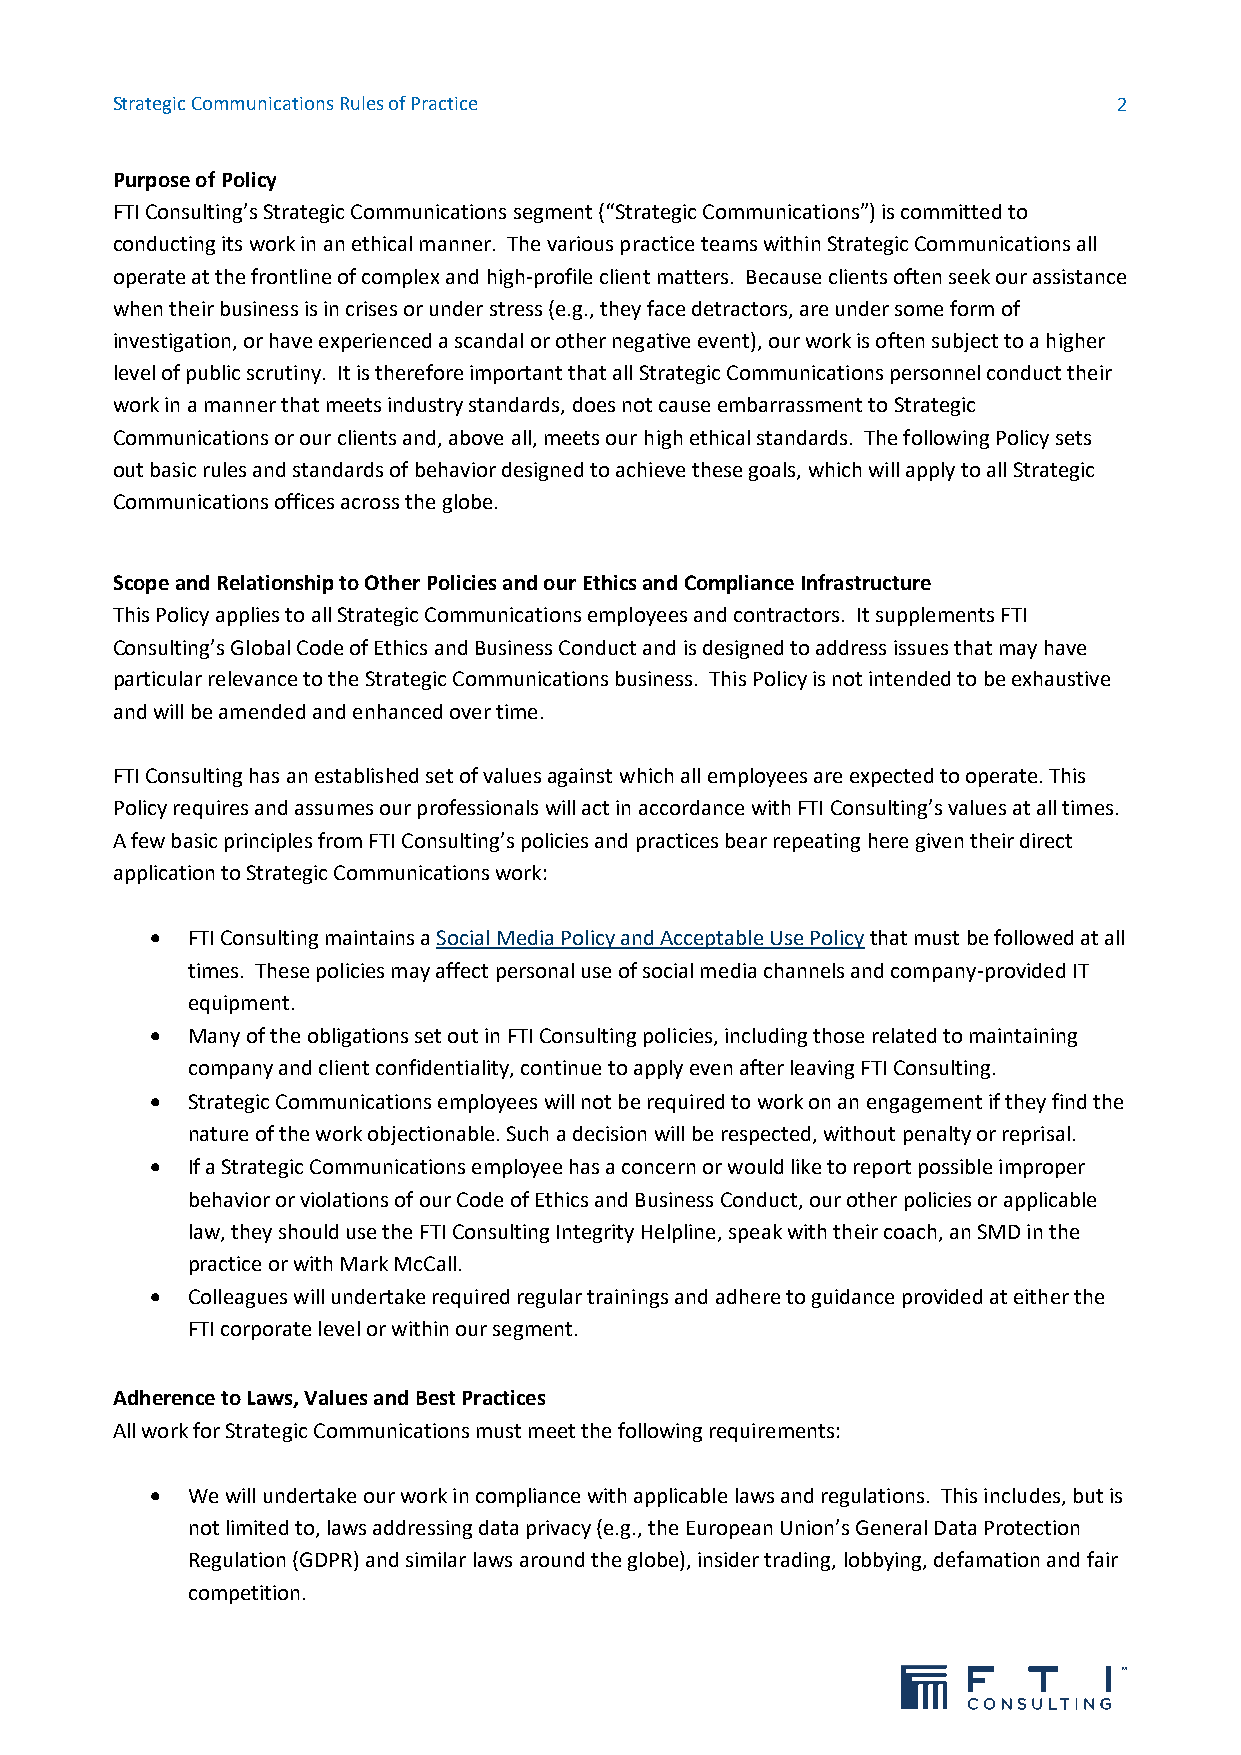
Strategic Communications Rules of Practice                         2
 Purpose of Policy
 FTI Consulting’s Strategic Communications segment (“Strategic Communications”) is committed to
 conducting its work in an ethical manner. The various practice teams within Strategic Communications all
 operate at the frontline of complex and high-profile client matters. Because clients often seek our assistance
 when their business is in crises or under stress (e.g., they face detractors, are under some form of
 investigation, or have experienced a scandal or other negative event), our work is often subject to a higher
 level of public scrutiny. It is therefore important that all Strategic Communications personnel conduct their
 work in a manner that meets industry standards, does not cause embarrassment to Strategic
 Communications or our clients and, above all, meets our high ethical standards. The following Policy sets
 out basic rules and standards of behavior designed to achieve these goals, which will apply to all Strategic
 Communications offices across the globe.
 Scope and Relationship to Other Policies and our Ethics and Compliance Infrastructure
 This Policy applies to all Strategic Communications employees and contractors. It supplements FTI
 Consulting’s Global Code of Ethics and Business Conduct and is designed to address issues that may have
 particular relevance to the Strategic Communications business. This Policy is not intended to be exhaustive
 and will be amended and enhanced over time.
 FTI Consulting has an established set of values against which all employees are expected to operate. This
 Policy requires and assumes our professionals will act in accordance with FTI Consulting’s values at all times.
 A few basic principles from FTI Consulting’s policies and practices bear repeating here given their direct
 application to Strategic Communications work:
 • FTI Consulting maintains a Social Media Policy and Acceptable Use Policy that must be followed at all
 times. These policies may affect personal use of social media channels and company-provided IT
 equipment.
 • Many of the obligations set out in FTI Consulting policies, including those related to maintaining
 company and client confidentiality, continue to apply even after leaving FTI Consulting.
 • Strategic Communications employees will not be required to work on an engagement if they find the
 nature of the work objectionable. Such a decision will be respected, without penalty or reprisal.
 • If a Strategic Communications employee has a concern or would like to report possible improper
 behavior or violations of our Code of Ethics and Business Conduct, our other policies or applicable
 law, they should use the FTI Consulting Integrity Helpline, speak with their coach, an SMD in the
 practice or with Mark McCall.
 • Colleagues will undertake required regular trainings and adhere to guidance provided at either the
 FTI corporate level or within our segment.
 Adherence to Laws, Values and Best Practices
 All work for Strategic Communications must meet the following requirements:
 • We will undertake our work in compliance with applicable laws and regulations. This includes, but is
 not limited to, laws addressing data privacy (e.g., the European Union’s General Data Protection
 Regulation (GDPR) and similar laws around the globe), insider trading, lobbying, defamation and fair
 competition.